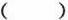
( )